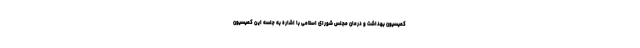
کمیسیون بهداشت و درمان مجلس شورای اسلامی با اشاره به جلسه این کمیسیون